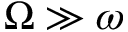
\Omega \gg \omega